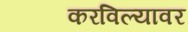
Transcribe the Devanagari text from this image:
करविल्यावर